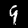
Label: 9